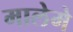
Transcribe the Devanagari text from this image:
मालेमे